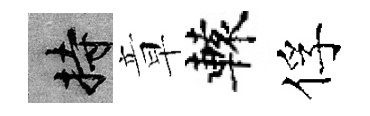
持章轅俘